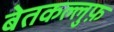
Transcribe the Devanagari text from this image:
बेतकल्लुफ़